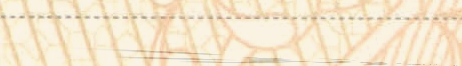
مركز تدريب على الكمبيوتر: